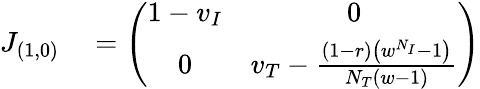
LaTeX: \begin{array}{rl}{J_{(1,0)}}&{{}=\left(\begin{array}{cc}{1-v_{I}}&{0}\\ {0}&{v_{T}-\frac{(1-r)\left(w^{N_{I}}-1\right)}{N_{T}(w-1)}}\end{array}\right)}\end{array}